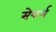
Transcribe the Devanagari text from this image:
सेफर्म